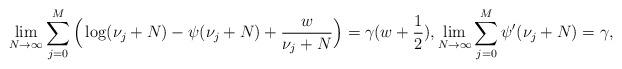
LaTeX: \begin{align*} \lim_{N \to \infty} \sum^M_{j = 0}\Big( \log(\nu_j + N) - \psi(\nu_j + N) + \frac{w}{\nu_j + N}\Big) = \gamma(w + \frac{1}{2}), \lim_{N \to \infty} \sum^M_{j = 0} \psi'(\nu_j + N) = \gamma, \end{align*}